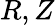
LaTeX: R,Z